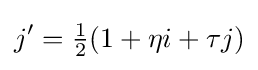
j'={\tfrac {1}{2}}(1+\eta i+\tau j)